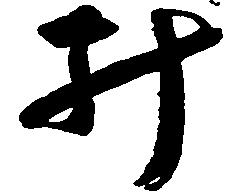
み